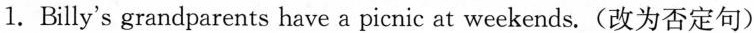
1.Billy's grandparents have a picnic at weekends.(改为否定句)